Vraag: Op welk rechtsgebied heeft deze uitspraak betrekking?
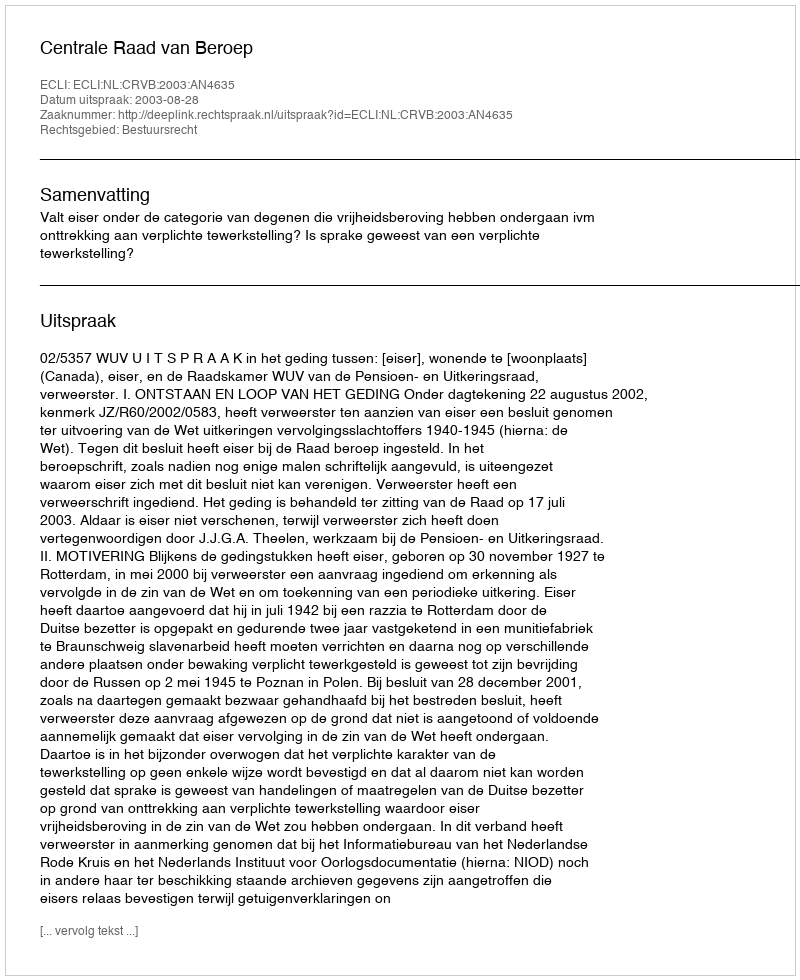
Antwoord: Bestuursrecht